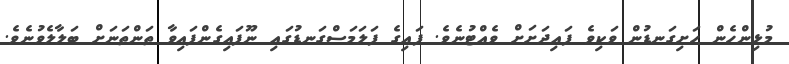
މުޅިންހެން ހަށިގަނޑުން ވަކިވެ ފައިދަށަށް ވެއްޓުނެވެ. ފައިގެ ފަލަމަސްގަނޑުގައި ނޫފައިގެންފައިވާ ތަންތަނަށް ބަލާލެވުނެވެ.